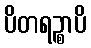
ပိတရဉ္စာပိ